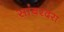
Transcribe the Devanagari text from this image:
सांबरदरा